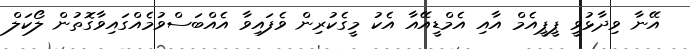
އޭނާ ވިދާޅުވީ ޕީޕީއެމް އާއި އެމްޑީއޭއާ އެކު މީގެކުރިން ވެފައިވާ އެއްބަސްވުމެއްގައިވާގޮތުން ލޯކަލް